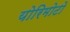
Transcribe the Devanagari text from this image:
योरिमोटो